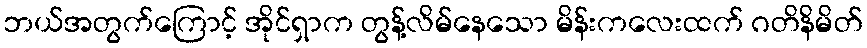
ဘယ်အတွက်ကြောင့် အိုင်ရှာက တွန့်လိမ်နေသော မိန်းကလေးထက် ဂတိနိမိတ်